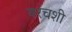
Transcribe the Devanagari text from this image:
बरचशी